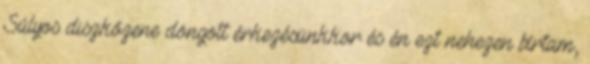
Súlyos diszkózene döngött érkezésünkkor és én ezt nehezen bírtam,